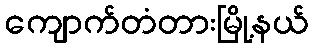
ကျောက်တံတားမြို့နယ်